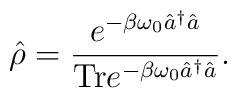
\hat{\rho} = \frac{e^{- \beta \omega_0 \hat{a}^{\dagger} \hat{a}}}{{\rm Tr} e^{ - \beta \omega_0 \hat{a}^{\dagger} \hat{a}}}.